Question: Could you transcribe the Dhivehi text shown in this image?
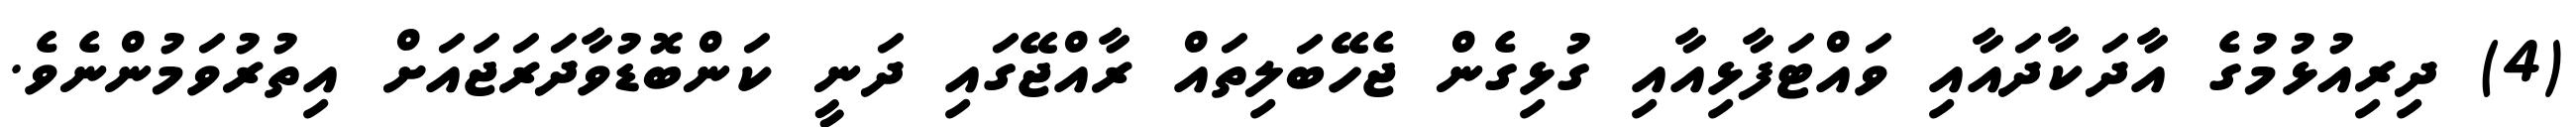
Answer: (4) ދިރިއުޅުމުގެ އާދަކާދައާއި ވައްޓަފާޅިއާއި ގުޅިގެން ޖެހޭބަލިތައް ރާއްޖޭގައި ދަނީ ކަންބޮޑުވާދަރަޖައަށް އިތުރުވަމުންނެވެ.